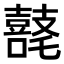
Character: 𪔘